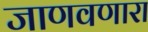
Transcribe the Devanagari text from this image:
जाणवणारा